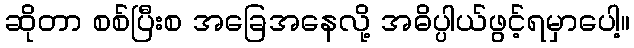
ဆိုတာ စစ်ပြီးစ အခြေအနေလို့ အဓိပ္ပါယ်ဖွင့်ရမှာပေါ့။